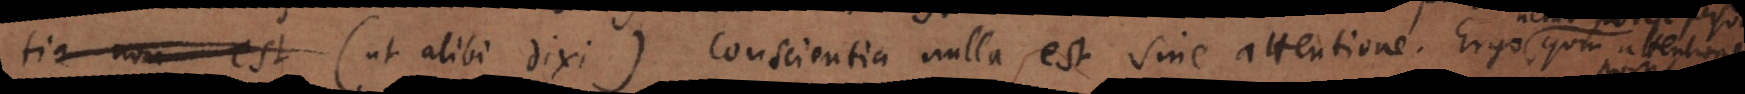
conscium esse (ut alibi dixi). Conscientia nulla est sine attentione. Ergo quin attentionem